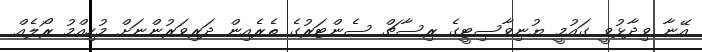
އޭނާ ވިދާޅުވީ ގައުމީ ޔުނިވާސިޓީގެ ރިސާޗް ސެންޓަރުގެ ތެރެއިން ދަރިވަރުންނަށް މުހިއްމު ރޯލެއް